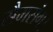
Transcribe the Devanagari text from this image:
सैमसंग।